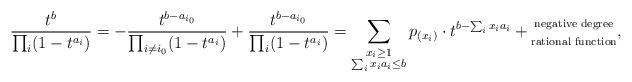
LaTeX: \begin{align*}\frac{t^{b}}{\prod_i(1-t^{a_i})}=-\frac{t^{b-a_{i_0}}}{\prod_{i\neq i_0}(1-t^{a_i})} + \frac{t^{b-a_{i_0}}}{\prod_{i}(1-t^{a_i})}=\sum_{\substack{x_i\geq 1\\ \sum_i x_ia_i\leq b } } p_{(x_i)}\cdot t^{ b-\sum_i x_ia_i} + \substack{ \textnormal{negative degree} \\ \\\textnormal{rational function} },\end{align*}